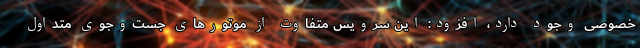
خصوصی وجود دارد، افزود: این سرویس متفاوت از موتور‌های جست‌وجوی متداول